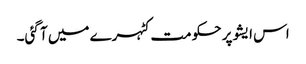
اس ایشو پر حکومت کٹہرے میں آ گئی۔